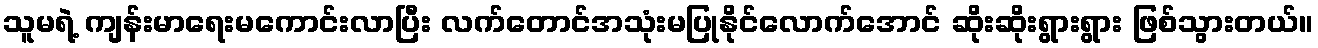
သူမရဲ့ ကျန်းမာရေးမကောင်းလာပြီး လက်တောင်အသုံးမပြုနိုင်လောက်အောင် ဆိုးဆိုးရွားရွား ဖြစ်သွားတယ်။